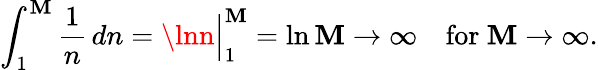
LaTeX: \int_{1}^{\mathbf{M}}{\frac{{1}}{{n}}}\, dn=\lnn{\Bigr|}_{1}^{\mathbf{M}}=\ln\mathbf{M}\to\infty\quad{\mathrm{{for~}}}\mathbf{M}\to\infty.